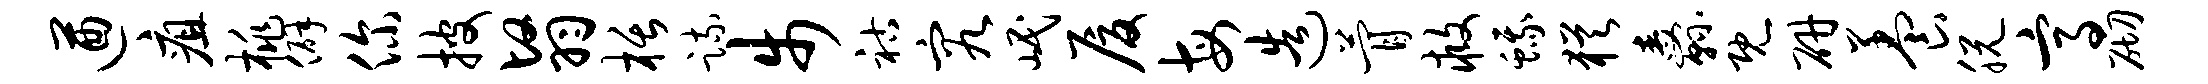
遒疽桃僻你披翳栝疏步祜究岷厦每造瞢救蛾犹纛既研养脱高砌